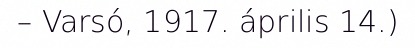
– Varsó, 1917. április 14.)